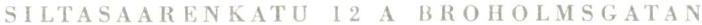
SILTASAARENKATU 12 A  BROHOLMSGATAN